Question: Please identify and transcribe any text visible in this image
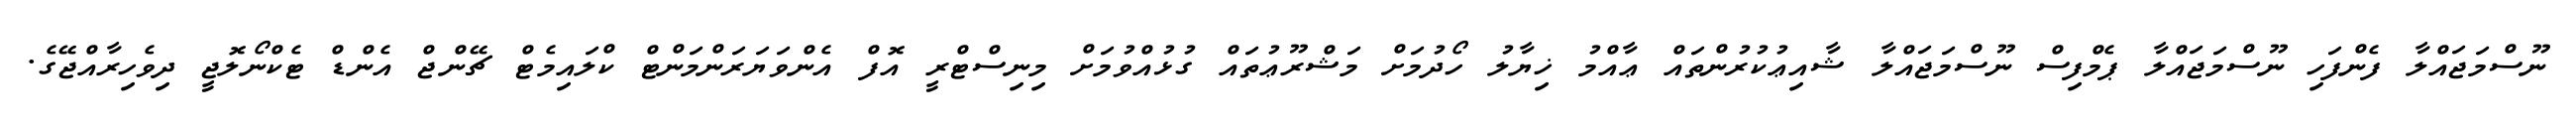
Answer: ނޫސްމަޖައްލާ ފެންފަހި ނޫސްމަޖައްލާ ޕެމްފިސް ނޫސްމަޖައްލާ ޝާއިޢުކުރުންތައް ޢާއްމު ޚިޔާލު ހޯދުމަށް މަޝްރޫޢުތައް ގުޅުއްވުމަށް މިނިސްޓްރީ އޮފް އެންވަޔަރަންމަންޓް ކްލައިމެޓް ޗޭންޖް އެންޑް ޓެކްނޯލޮޖީ ދިވެހިރާއްޖޭގެ.